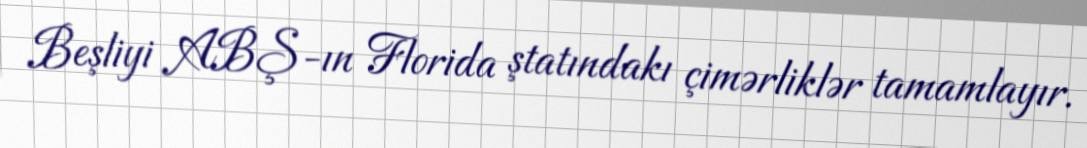
Beşliyi ABŞ-ın Florida ştatındakı çimərliklər tamamlayır.